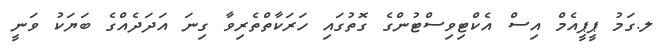
ލ.ގަމު ޕީޕީއެމް އިސް އެކްޓިވިސްޓުންގެ ގޮތުގައި ހަރަކާތްތެރިވާ ގިނަ އަދަދެއްގެ ބަޔަކު ވަނީ